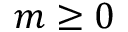
m \geq 0